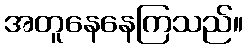
အတူနေနေကြသည်။